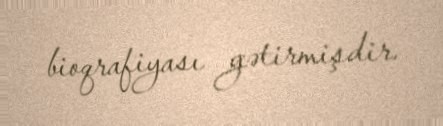
bioqrafiyası gətirmişdir.